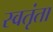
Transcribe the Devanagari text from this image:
स्वतृंता